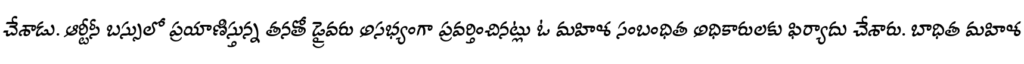
చేశాడు. ఆర్టీసీ బస్సులో ప్రయాణిస్తున్న తనతో డ్రైవరు అసభ్యంగా ప్రవర్తించినట్లు ఓ మహిళ సంబంధిత అధికారులకు ఫిర్యాదు చేశారు. బాధిత మహిళ